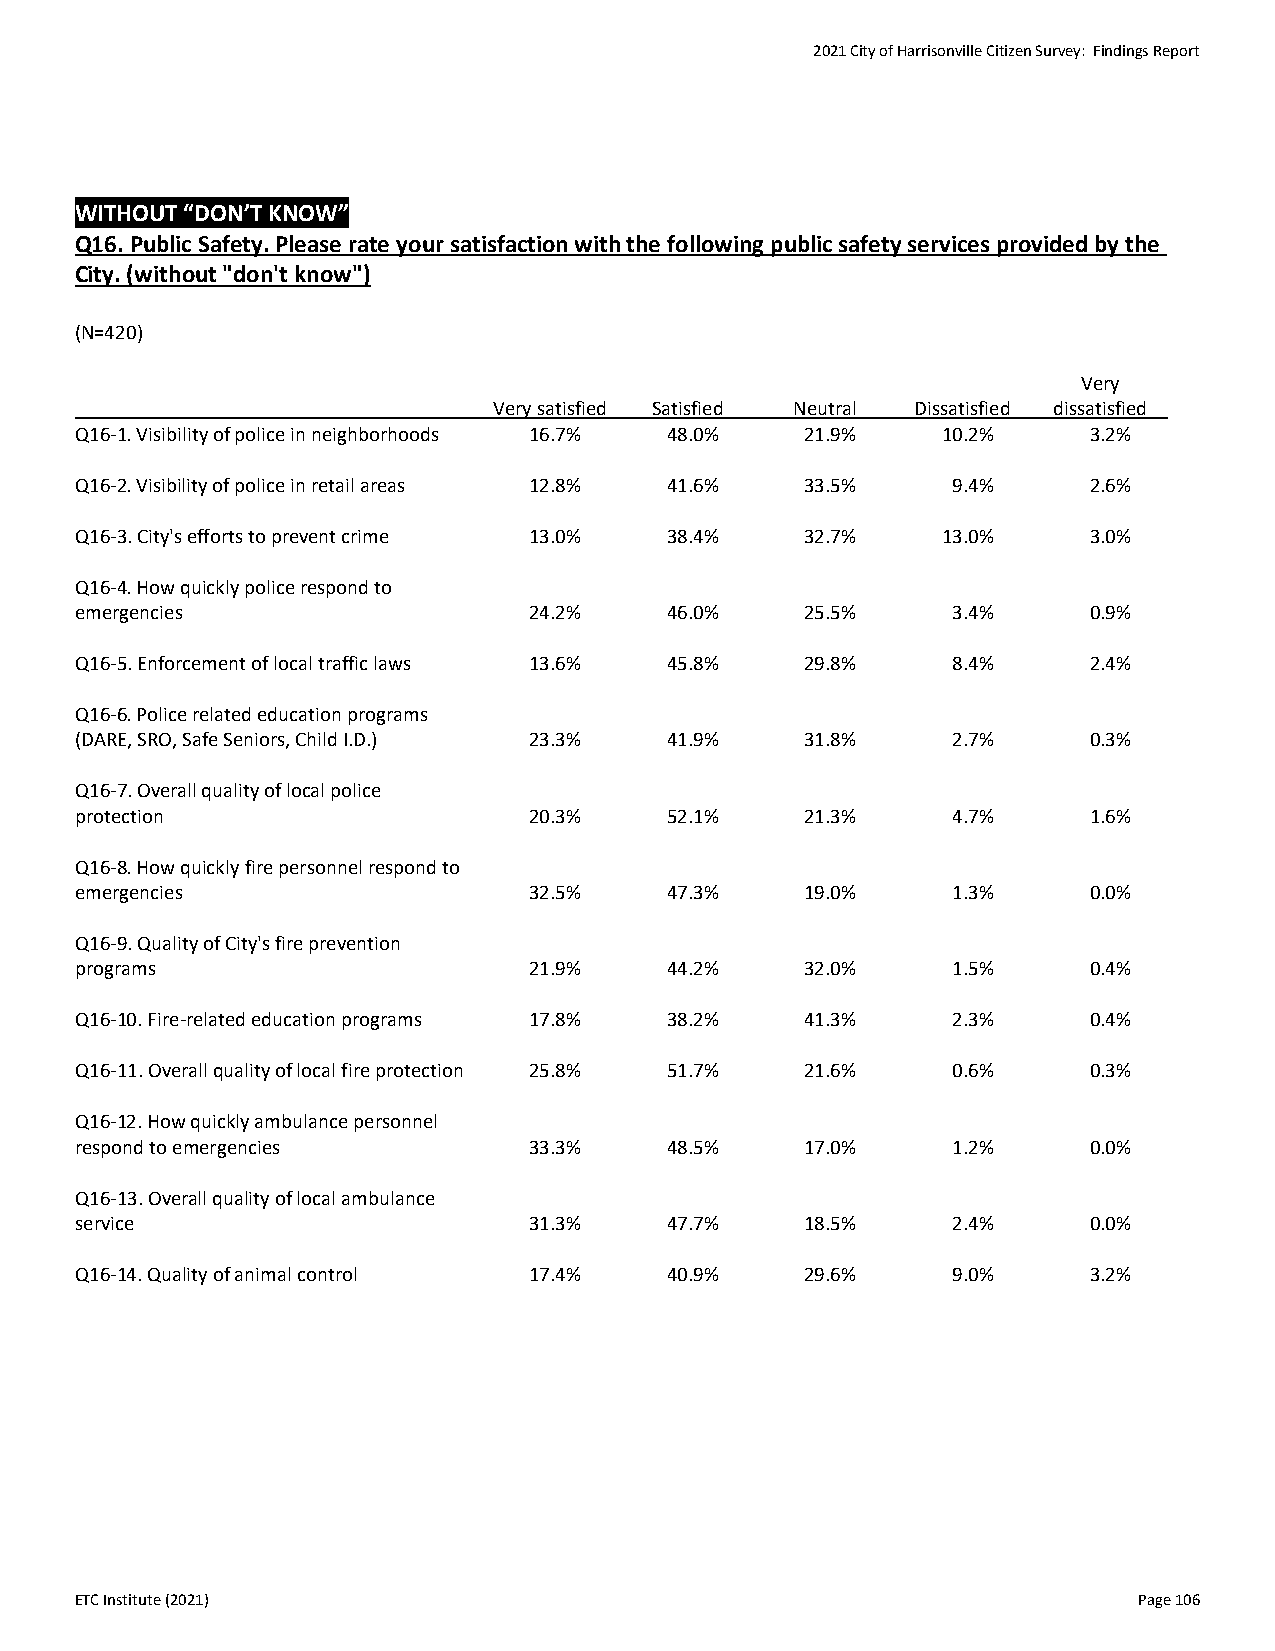
2021 City of Harrisonville Citizen Survey: Findings Report
 WITHOUT “DON’T KNOW”
 Q16. Public Safety. Please rate your satisfaction with the following public safety services provided by the
 City. (without "don't know")
 (N=420)
 Very
 Very satisfied Satisfied Neutral Dissatisfied dissatisfied
 Q16-1. Visibility of police in neighborhoods 16.7% 48.0% 21.9% 10.2% 3.2%
 Q16-2. Visibility of police in retail areas 12.8% 41.6% 33.5% 9.4% 2.6%
 Q16-3. City's efforts to prevent crime 13.0% 38.4% 32.7% 13.0%     3.0%
 Q16-4. How quickly police respond to
 emergencies                   24.2%    46.0%    25.5%     3.4%     0.9%
 Q16-5. Enforcement of local traffic laws 13.6% 45.8% 29.8% 8.4%    2.4%
 Q16-6. Police related education programs
 (DARE, SRO, Safe Seniors, Child I.D.) 23.3% 41.9% 31.8%   2.7%     0.3%
 Q16-7. Overall quality of local police
 protection                    20.3%    52.1%    21.3%     4.7%     1.6%
 Q16-8. How quickly fire personnel respond to
 emergencies                   32.5%    47.3%    19.0%     1.3%     0.0%
 Q16-9. Quality of City's fire prevention
 programs                      21.9%    44.2%    32.0%     1.5%     0.4%
 Q16-10. Fire-related education programs 17.8% 38.2% 41.3% 2.3%     0.4%
 Q16-11. Overall quality of local fire protection 25.8% 51.7% 21.6% 0.6% 0.3%
 Q16-12. How quickly ambulance personnel
 respond to emergencies        33.3%    48.5%    17.0%     1.2%     0.0%
 Q16-13. Overall quality of local ambulance
 service                       31.3%    47.7%    18.5%     2.4%     0.0%
 Q16-14. Quality of animal control 17.4% 40.9%   29.6%     9.0%     3.2%
 ETC Institute (2021)                                                  Page 106